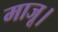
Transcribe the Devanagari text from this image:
माजू।